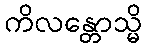
ကိလန္တောသ္မိ